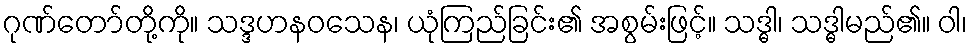
ဂုဏ်တော်တို့ကို။ သဒ္ဒဟနဝသေန၊ ယုံကြည်ခြင်း၏ အစွမ်းဖြင့်။ သဒ္ဓါ၊ သဒ္ဓါမည်၏။ ဝါ၊